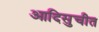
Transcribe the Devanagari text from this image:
आदिसुचीत